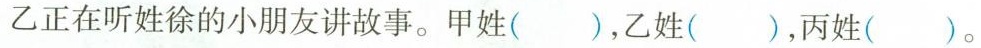
乙正在听姓徐的小朋友讲故事。甲姓( )，乙姓( )，丙姓( )。